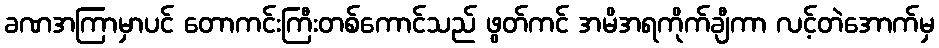
ခဏအကြာမှာပင် တောကင်းကြီးတစ်ကောင်သည် ဖွတ်ကင် အမိအရကိုက်ချီကာ လင့်တဲအောက်မှ